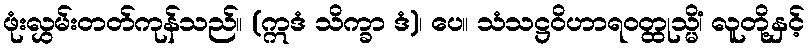
ဖုံးလွှမ်းတတ်ကုန်သည်။ (ဣဒံ သိက္ခာ ဒံ)၊ ပေ။ သံသဋ္ဌဝိဟာရဝတ္ထုသ္မိံ၊ လူတို့နှင့်